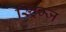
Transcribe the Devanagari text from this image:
स्ट्रिम्ज़